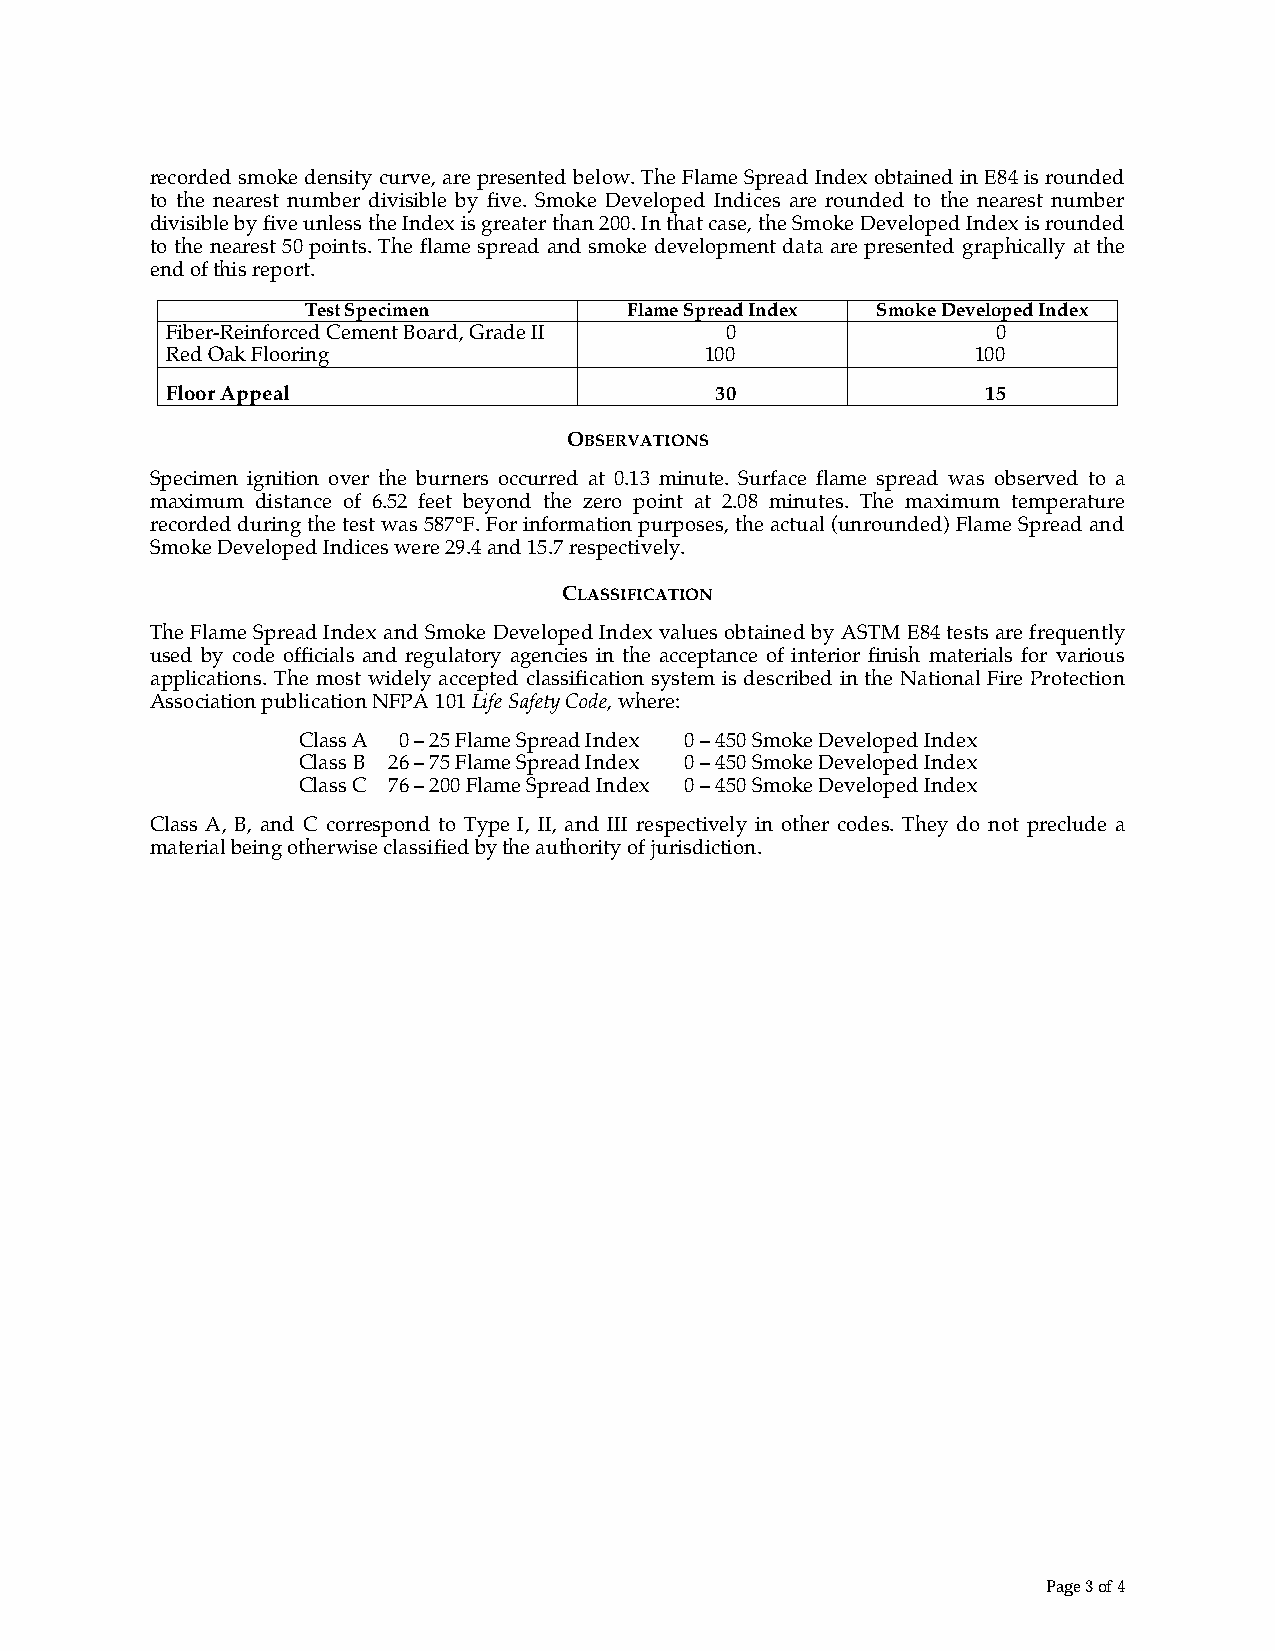
recorded smoke density curve, are presented below. The Flame Spread Index obtained in E84 is rounded
 to the nearest number divisible by five. Smoke Developed Indices are rounded to the nearest number
 divisible by five unless the Index is greater than 200. In that case, the Smoke Developed Index is rounded
 to the nearest 50 points. The flame spread and smoke development data are presented graphically at the
 end of this report.
 Test Specimen         Flame Spread Index Smoke Developed Index
 Fiber-Reinforced Cement Board, Grade II 0              0
 Red Oak Flooring                    100               100
 Floor Appeal                        30                15
 OBSERVATIONS
 Specimen ignition over the burners occurred at 0.13 minute. Surface flame spread was observed to a
 maximum distance of 6.52 feet beyond the zero point at 2.08 minutes. The maximum temperature
 recorded during the test was 587°F. For information purposes, the actual (unrounded) Flame Spread and
 Smoke Developed Indices were 29.4 and 15.7 respectively.
 CLASSIFICATION
 The Flame Spread Index and Smoke Developed Index values obtained by ASTM E84 tests are frequently
 used by code officials and regulatory agencies in the acceptance of interior finish materials for various
 applications. The most widely accepted classification system is described in the National Fire Protection
 Association publication NFPA 101 Life Safety Code, where:
 Class A 0 – 25 Flame Spread Index 0 – 450 Smoke Developed Index
 Class B 26 – 75 Flame Spread Index 0 – 450 Smoke Developed Index
 Class C 76 – 200 Flame Spread Index 0 – 450 Smoke Developed Index
 Class A, B, and C correspond to Type I, II, and III respectively in other codes. They do not preclude a
 material being otherwise classified by the authority of jurisdiction.
 Page 3 of 4